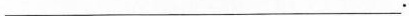
___.